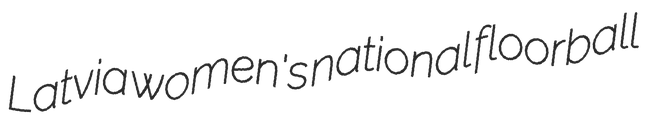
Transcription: Latvia women's national floorball